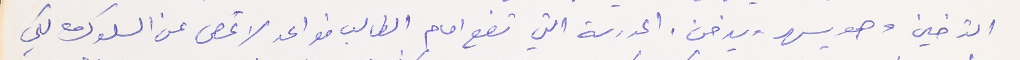
التدخين وهو يسهر ويدخن. المدرسة التي تضع امام الطالب قواعد لا تحصى عن السلوك لكي